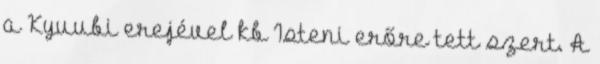
a Kyuubi erejével kb Isteni erőre tett szert. A